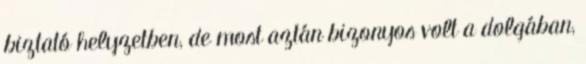
biztató helyzetben, de most aztán bizonyos volt a dolgában,